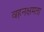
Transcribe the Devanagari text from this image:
वहनक्षमता